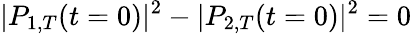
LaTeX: |P_{1,T}(t=0)|^{2}-|P_{2,T}(t=0)|^{2}=0